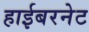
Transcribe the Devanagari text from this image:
हाईबरनेट